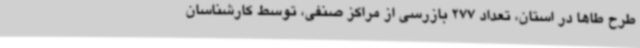
طرح طاها در استان، تعداد 277 بازرسی از مراکز صنفی، توسط کارشناسان